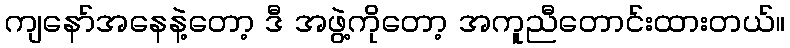
ကျနော်အနေနဲ့တော့ ဒီ အဖွဲ့ကိုတော့ အကူညီတောင်းထားတယ်။